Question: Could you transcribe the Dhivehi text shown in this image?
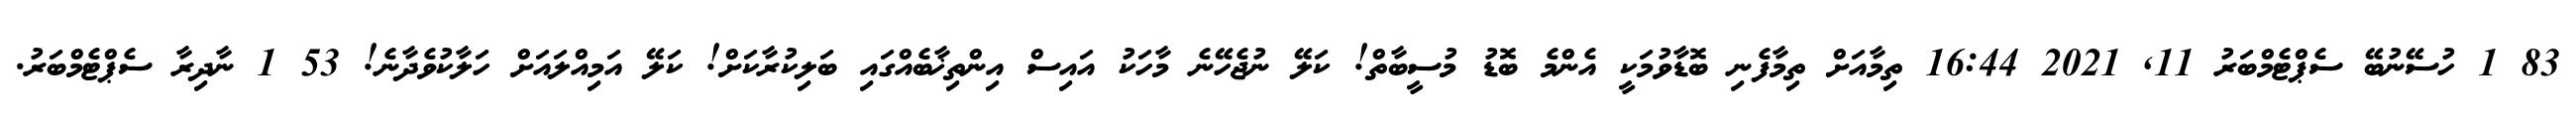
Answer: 83 1 ހުސޭނުބޭ ސެޕްޓެމްބަރު 11, 2021 16:44 ތިމާއަށް ތިމާފެނި ބޮޑާވުމަކީ އެންމެ ބޮޑު މުސީބާތް! ކަލޭ ނުޖެހޭނެ މާހަކު އައިސް އިންތިޚާބެއްގައި ބަލިކުރާކަށް! ކަލޭ އަމިއްލައަށް ހަލާކުވެދާނެ! 53 1 ނާދިރާ ސެޕްޓެމްބަރު.